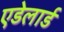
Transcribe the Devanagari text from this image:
एडेलार्ड